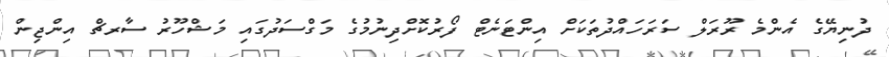
ދުނިޔޭގެ އެންމެ ރޫރަލް ސަރަހައްދުތަކަށް އިންޓަނެޓް ފޯރުކޮށްދިނުމުގެ މަގްސަދުގައި މަޝްހޫރު ސާރޗް އިންޖިން